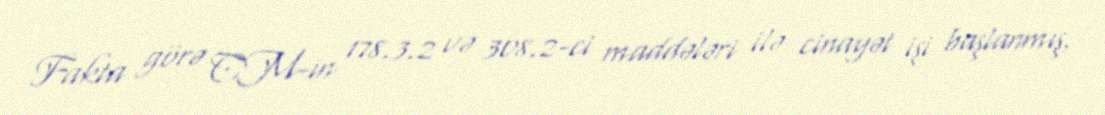
Fakta görə CM-in 178.3.2 və 308.2-ci maddələri ilə cinayət işi başlanmış,